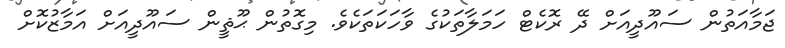
ޖަމާއަތުން ސައޫދީއަށް ދޭ ރޮކެޓް ހަމަލާތަކުގެ ވާހަކަތަކެވެ. މިގޮތުން ޙޫޘީން ސައޫދީއަށް އަމާޒުކޮށް